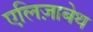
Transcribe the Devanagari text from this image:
एलि़ज़ाबेथ